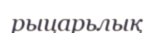
рыцарьлық